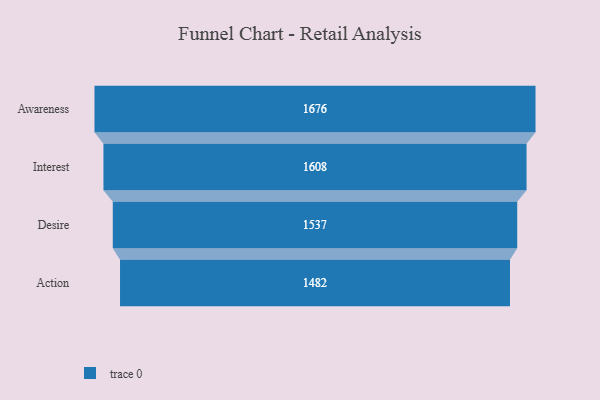
{"axis": {"x": "Stage", "y": "Value"}, "legend": [""], "data": [{"x": "Awareness", "y": 1676.0, "type": ""}, {"x": "Interest", "y": 1608.0, "type": ""}, {"x": "Desire", "y": 1537.0, "type": ""}, {"x": "Action", "y": 1482.0, "type": ""}]}